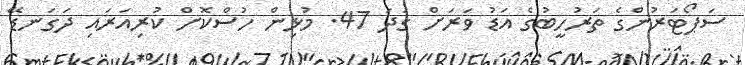
ސަޕޯޓަރުންގެ ތަރުހީބުގެ އަޑު ވަރަށް ގަދަ 47. މުޅިން ހުސްކޮށް ކުރިއަރައި ދަގަނޑޭ